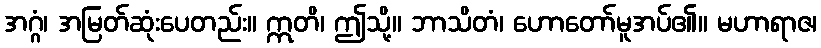
အဂ္ဂံ၊ အမြတ်ဆုံးပေတည်း။ ဣတိ၊ ဤသို့။ ဘာသိတံ၊ ဟောတော်မူအပ်၏။ မဟာရာဇ၊